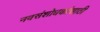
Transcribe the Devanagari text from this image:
नवसंशोधकांसाठी